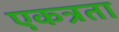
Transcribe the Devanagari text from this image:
एकत्रता